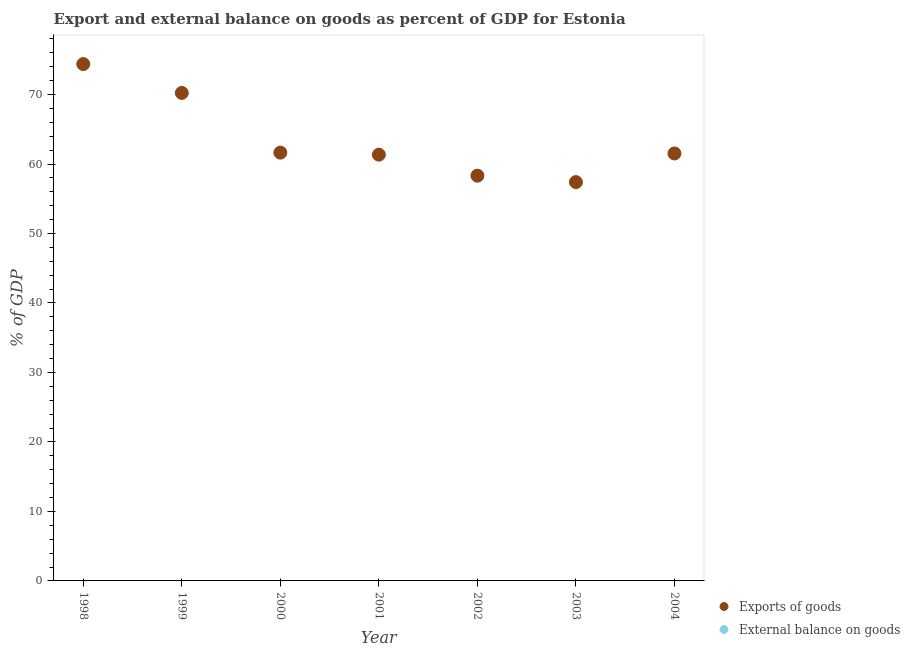
| Year | Exports of goods | External balance on goods |
 | --- | --- | --- |
 | 1998 | 74.4 | -9.67 |
 | 1999 | 70.2 | -4.41 |
 | 2000 | 61.6 | -3.24 |
 | 2001 | 61.3 | -3.96 |
 | 2002 | 58.3 | -7.45 |
 | 2003 | 57.4 | -8.49 |
 | 2004 | 61.5 | -7.88 |